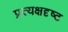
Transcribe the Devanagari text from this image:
प्रत्यक्षदृष्ट